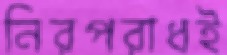
নিরপরাধই